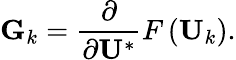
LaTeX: \mathbf{G}_{k}=\frac{\partial}{\partial\mathbf{U}^{*}}F\left(\mathbf{U}_{k}\right).